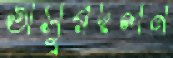
অসুরদলন